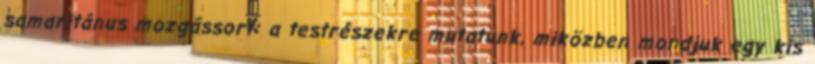
samaritánus mozgássort: a testrészekre mutatunk, miközben mondjuk egy kis